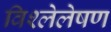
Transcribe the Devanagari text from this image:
विश्लेलेषण